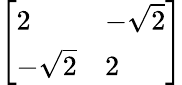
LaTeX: \left[{\begin{array}{ll}{2}&{-{\sqrt{2}}}\\ {-{\sqrt{2}}}&{2}\end{array}}\right]